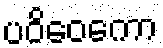
ပဝိဝေကော